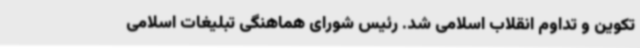
تکوین و تداوم انقلاب اسلامی شد. رئیس شورای هماهنگی تبلیغات اسلامی